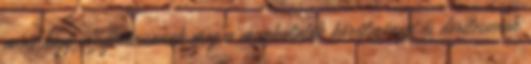
mint hogy vizsgáltassanak meg a munkálatok körülményei és derítessenek